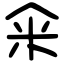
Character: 籴